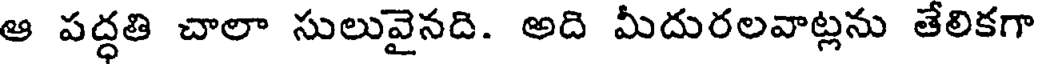
ఆ పద్ధతి చాలా సులువైనది. అది మీదురలవాట్లను తేలికగా